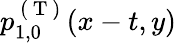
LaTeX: p_{1,0}^{\mathrm{~(~T~)~}}(x-t,y)